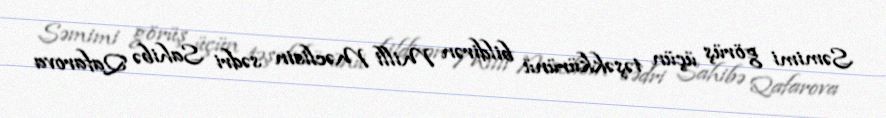
Səmimi görüş üçün təşəkkürünü bildirən Milli Məclisin sədri Sahibə Qafarova